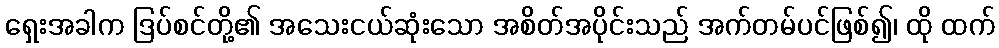
ရှေးအခါက ဒြပ်စင်တို့၏ အသေးငယ်ဆုံးသော အစိတ်အပိုင်းသည် အက်တမ်ပင်ဖြစ်၍၊ ထို ထက်